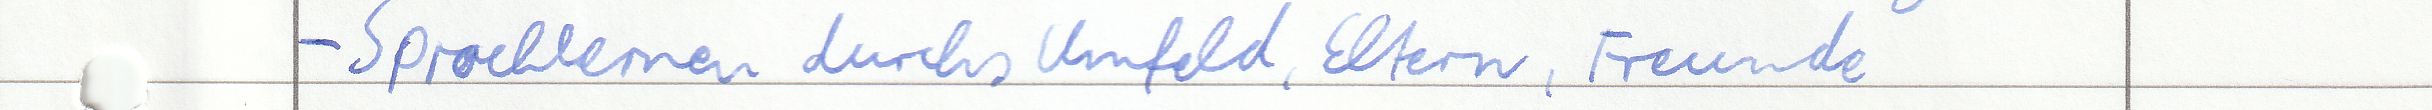
- Sprachlernen durchs Umfeld, Eltern, Freunde